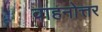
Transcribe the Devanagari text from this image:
वाहनोत्तर